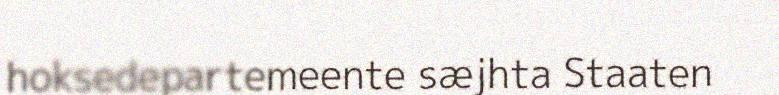
hoksedepartemeente sæjhta Staaten